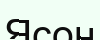
Ясон